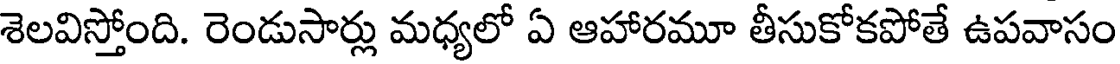
శెలవిస్తోంది. రెండుసార్లు మధ్యలో ఏ ఆహారమూ తీసుకోకపోతే ఉపవాసం